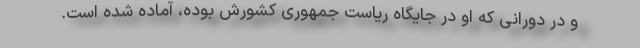
و در دورانی که او در جایگاه ریاست جمهوری کشورش بوده، آماده شده است.